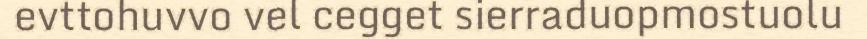
evttohuvvo vel cegget sierraduopmostuolu